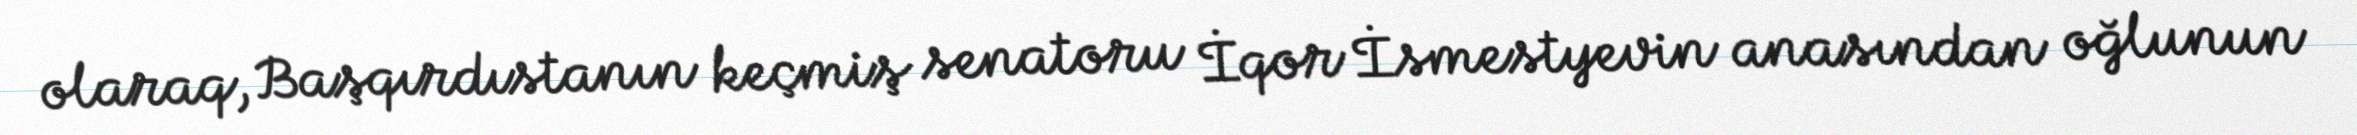
olaraq, Başqırdıstanın keçmiş senatoru İqor İsmestyevin anasından oğlunun